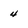
Character: 4